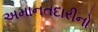
અમાનતદારીનો